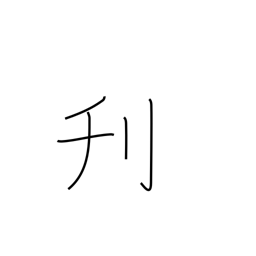
Meaning: whittle